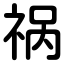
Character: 祸